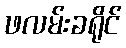
ဖလမ်းခရိုင်